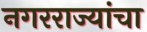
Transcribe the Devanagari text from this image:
नगरराज्यांचा